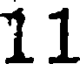
11